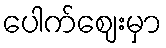
ပေါက်ဈေးမှာ